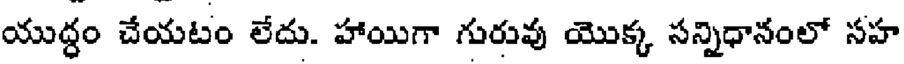
యుద్ధం చేయటం లేదు. హాయిగా గురువు యొక్క సన్నిధానంలో సహ